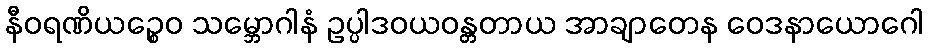
နီဝရဏိယဉ္စေဝ သမ္ဘောဂါနံ ဥပ္ပါဒဝယဝန္တတာယ အာချာတေန ဝေဒနာယောဂေါ